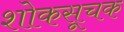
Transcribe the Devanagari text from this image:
शोकसूचक